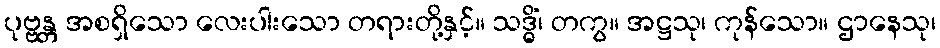
ပုဗ္ဗန္တ အစရှိသော လေးပါးသော တရားတို့နှင့်။ သဒ္ဓိံ၊ တကွ။ အဋ္ဌသု၊ ကုန်သော။ ဌာနေသု၊